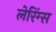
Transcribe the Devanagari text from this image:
लेरिंग्स